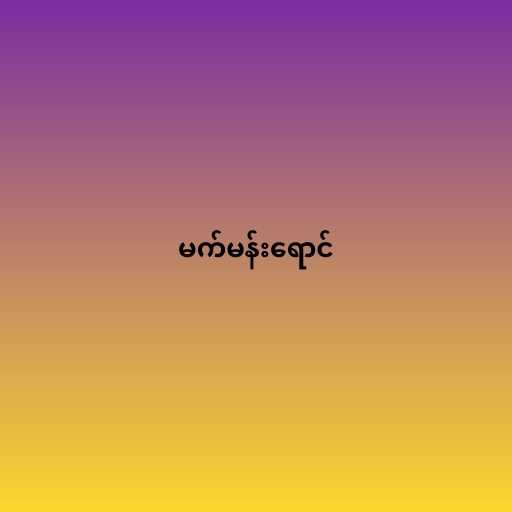
မက်မန်းရောင်